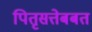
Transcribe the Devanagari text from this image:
पितृसत्तेबबत